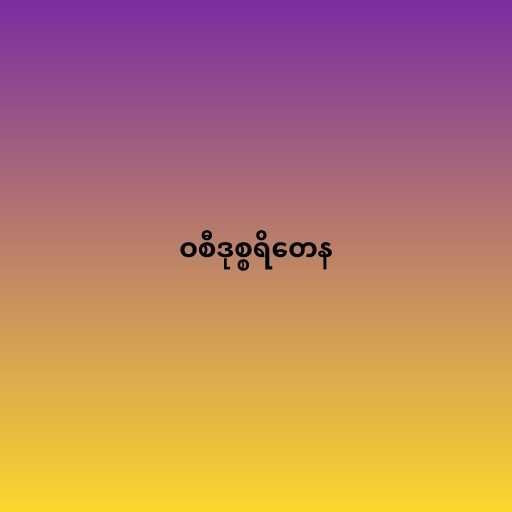
ဝစီဒုစ္စရိတေန